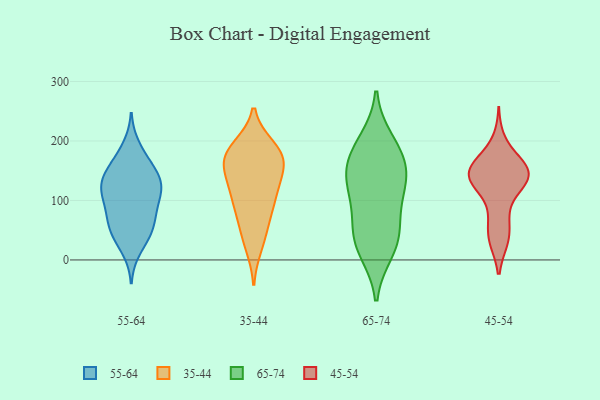
{"axis": {"x": "Shipments", "y": "Value"}, "legend": ["35-44", "45-54", "55-64", "65-74"], "data": [{"x": "", "y": 66, "type": "55-64"}, {"x": "", "y": 126, "type": "55-64"}, {"x": "", "y": 109, "type": "55-64"}, {"x": "", "y": 103, "type": "55-64"}, {"x": "", "y": 93, "type": "55-64"}, {"x": "", "y": 159, "type": "55-64"}, {"x": "", "y": 48, "type": "55-64"}, {"x": "", "y": 17, "type": "55-64"}, {"x": "", "y": 191, "type": "55-64"}, {"x": "", "y": 64, "type": "55-64"}, {"x": "", "y": 126, "type": "55-64"}, {"x": "", "y": 172, "type": "55-64"}, {"x": "", "y": 37, "type": "55-64"}, {"x": "", "y": 132, "type": "55-64"}, {"x": "", "y": 46, "type": "55-64"}, {"x": "", "y": 135, "type": "55-64"}, {"x": "", "y": 71, "type": "55-64"}, {"x": "", "y": 135, "type": "55-64"}, {"x": "", "y": 103, "type": "55-64"}, {"x": "", "y": 152, "type": "55-64"}, {"x": "", "y": 42, "type": "35-44"}, {"x": "", "y": 181, "type": "35-44"}, {"x": "", "y": 189, "type": "35-44"}, {"x": "", "y": 24, "type": "35-44"}, {"x": "", "y": 170, "type": "35-44"}, {"x": "", "y": 150, "type": "35-44"}, {"x": "", "y": 127, "type": "35-44"}, {"x": "", "y": 173, "type": "35-44"}, {"x": "", "y": 111, "type": "35-44"}, {"x": "", "y": 169, "type": "35-44"}, {"x": "", "y": 69, "type": "35-44"}, {"x": "", "y": 181, "type": "35-44"}, {"x": "", "y": 97, "type": "35-44"}, {"x": "", "y": 136, "type": "35-44"}, {"x": "", "y": 90, "type": "35-44"}, {"x": "", "y": 199, "type": "65-74"}, {"x": "", "y": 174, "type": "65-74"}, {"x": "", "y": 145, "type": "65-74"}, {"x": "", "y": 41, "type": "65-74"}, {"x": "", "y": 59, "type": "65-74"}, {"x": "", "y": 138, "type": "65-74"}, {"x": "", "y": 30, "type": "65-74"}, {"x": "", "y": 16, "type": "65-74"}, {"x": "", "y": 176, "type": "65-74"}, {"x": "", "y": 109, "type": "65-74"}, {"x": "", "y": 118, "type": "65-74"}, {"x": "", "y": 140, "type": "45-54"}, {"x": "", "y": 35, "type": "45-54"}, {"x": "", "y": 70, "type": "45-54"}, {"x": "", "y": 163, "type": "45-54"}, {"x": "", "y": 153, "type": "45-54"}, {"x": "", "y": 35, "type": "45-54"}, {"x": "", "y": 200, "type": "45-54"}, {"x": "", "y": 139, "type": "45-54"}, {"x": "", "y": 141, "type": "45-54"}, {"x": "", "y": 148, "type": "45-54"}, {"x": "", "y": 73, "type": "45-54"}, {"x": "", "y": 128, "type": "45-54"}, {"x": "", "y": 128, "type": "45-54"}, {"x": "", "y": 155, "type": "45-54"}, {"x": "", "y": 141, "type": "45-54"}, {"x": "", "y": 168, "type": "45-54"}, {"x": "", "y": 147, "type": "45-54"}, {"x": "", "y": 115, "type": "45-54"}, {"x": "", "y": 34, "type": "45-54"}]}